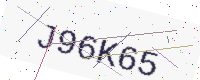
Text: J96K65